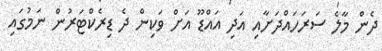
ދެން މާލެ ސަރަހައްދަށާއި އަދި އައްޑޫ އަށް ވަކިން ދެ ޑިރެކްޓަރުން ނަމުގައި